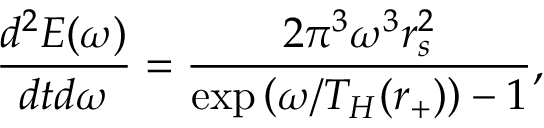
\frac { d ^ { 2 } E ( \omega ) } { d t d \omega } = \frac { 2 \pi ^ { 3 } \omega ^ { 3 } r _ { s } ^ { 2 } } { \exp \left( \omega / T _ { H } ( r _ { + } ) \right) - 1 } ,